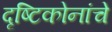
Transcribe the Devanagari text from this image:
दृष्टिकोनांचे